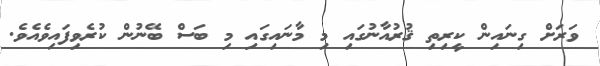
ވަރަށް ގިނައިން ކީރިތި ޤުރުއާނުގައި މި މާނައިގައި މި ބަސް ބޭނުން ކުރެވިފައިވެއެވެ.